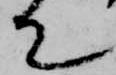
て